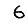
Digit: 6